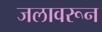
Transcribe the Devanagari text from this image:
जलावरून